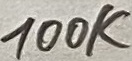
Text: 100K